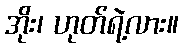
အိုး၊ ဟုတ်ရဲ့လား။